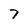
Character: 7